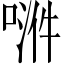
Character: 𫪿